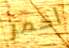
احمر